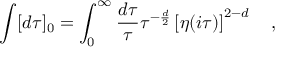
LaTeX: \int [ d \tau ] _ { 0 } = \int _ { 0 } ^ { \infty } \frac { d \tau } { \tau } \tau ^ { - \frac { d } { 2 } } \left[ \eta ( i \tau ) \right] ^ { 2 - d } \quad ,